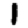
Digit: 1